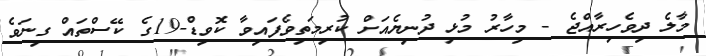
މާލެ ދިވެހިރާއްޖެ - މިހާރު މުޅި ދުނިޔެއަށް ކުރިމަތިވެފައިވާ ކޮވިޑް-19ގެ ކޭސްތައް ގިނަވެ